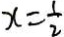
x = \frac { 1 } { 2 }